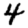
Digit: 4